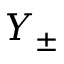
Y _ { \pm }